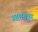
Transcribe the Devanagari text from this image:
ग्रहणमुकुर